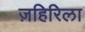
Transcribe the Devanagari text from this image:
ज़हिरिला